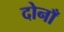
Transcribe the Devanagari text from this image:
दोनाँ